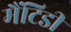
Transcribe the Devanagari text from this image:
मैंटिडी